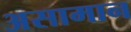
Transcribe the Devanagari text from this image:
असामान